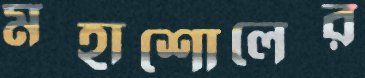
মহাশোলের